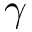
\gamma